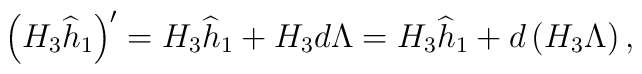
\left( H_3 \widehat h_1 \right)^\prime =H_3 \widehat h_1     + H_3 d\Lambda =    H_3 \widehat h_1 +d\left( H_3 \Lambda\right),